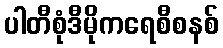
ပါတီစုံဒီမိုကရေစီစနစ်